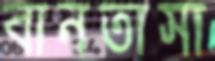
বানতাসা